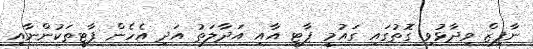
ނާފިޒް ވިދާޅުވި ގޮތުގައި ގައުމީ ޕާޓީ އާއި އަދާލަތު އަދި އެހެން ޕާޓީތަކުންނާއި